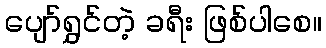
ပျော်ရွှင်တဲ့ ခရီး ဖြစ်ပါစေ။